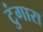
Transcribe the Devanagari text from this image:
टुंगारा